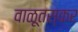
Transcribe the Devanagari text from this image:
वाळूतस्कर